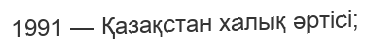
1991 — Қазақстан халық әртісі;